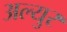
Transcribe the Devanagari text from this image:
अल्युर